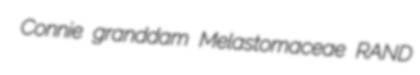
Connie granddam Melastomaceae RAND